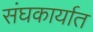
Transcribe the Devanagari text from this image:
संघकार्यात